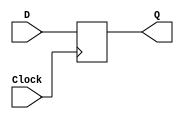

module part4(D, Clock, Q);

// == Input and Output ==
	
	input D, Clock;

	output Q;
	
// == Net/Reg ==

	reg Q;
	
// == Logic ==

	always @(posedge Clock) 
		Q <= D;
		  
endmodule